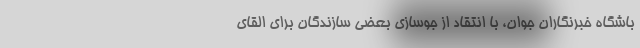
باشگاه خبرنگاران جوان، با انتقاد از جوسازی بعضی سازندگان برای القای